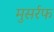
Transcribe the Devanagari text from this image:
मुसर्रफ